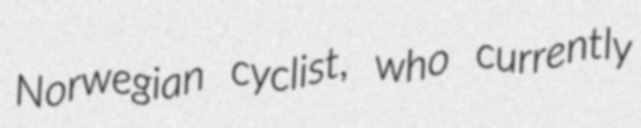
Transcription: Norwegian cyclist, who currently